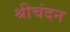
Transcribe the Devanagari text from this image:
श्रीचंदन